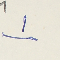
١